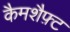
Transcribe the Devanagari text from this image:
कैमशैफ़्ट